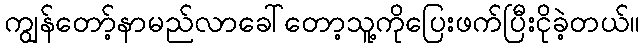
ကျွန်တော့်နာမည်လာခေါ်တော့သူ့ကိုပြေးဖက်ပြီးငိုခဲ့တယ်။